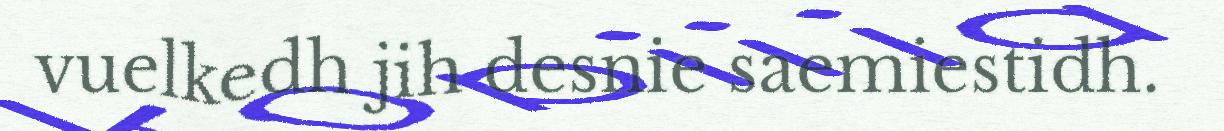
vuelkedh jih desnie saemiestidh.